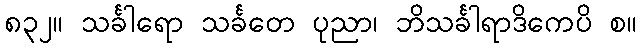
၈၃၂။ သင်္ခါရော သင်္ခတေ ပုညာ၊ ဘိသင်္ခါရာဒိကေပိ စ။